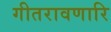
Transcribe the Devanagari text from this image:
गीतरावणारि